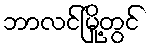
ဘာလင်မြို့တွင်